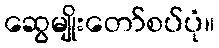
ဆွေမျိုးတော်စပ်ပုံ။